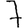
Digit: 7